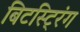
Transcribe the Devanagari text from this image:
बिटस्ट्रिंग